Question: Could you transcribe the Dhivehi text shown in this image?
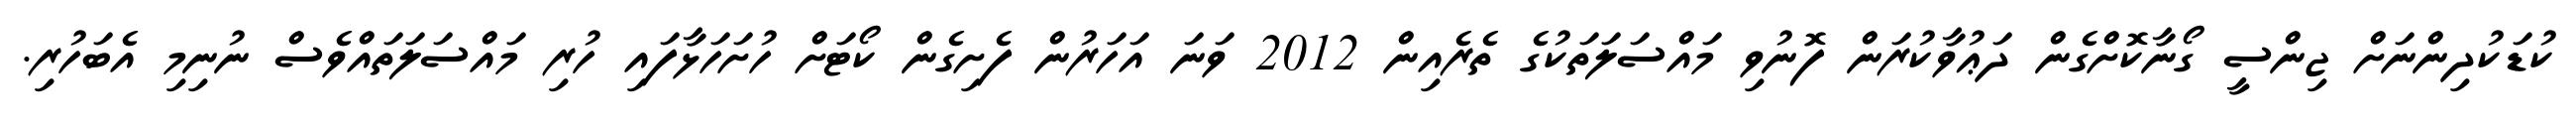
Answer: ކުޑަކުދިންނަށް ޖިންސީ ގޯނާކޮށްގެން ދަޢުވާކުރަން ފޮނުވި މައްސަލަތަކުގެ ތެރެއިން 2012 ވަނަ އަހަރުން ފެށިގެން ކޯޓަށް ހުށަހަޅާފައި ހުރި މައްސަލަތައްވެސް ނުނިމި އެބަހުރި.